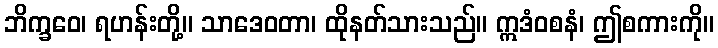
ဘိက္ခဝေ၊ ရဟန်းတို့။ သာဒေဝတာ၊ ထိုနတ်သားသည်။ ဣဒံဝစနံ၊ ဤစကားကို။